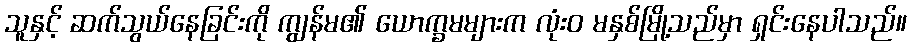
သူနှင့် ဆက်သွယ်နေခြင်းကို ကျွန်မ၏ ယောက္ခမများက လုံးဝ မနှစ်မြို့သည်မှာ ရှင်းနေပါသည်။